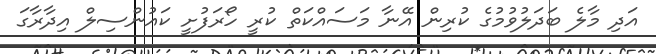
އަދި މާލެ ބަދަލުވުމުގެ ކުރިން އޭނާ މަސައްކަތް ކުރީ ހޯރަފުށީ ކައުންސިލް އިދާރާގަ